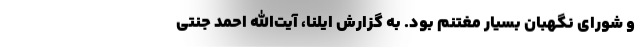
و شورای نگهبان بسیار مغتنم بود. به گزارش ایلنا، آیت‌الله احمد جنتی